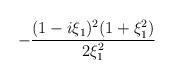
LaTeX: \begin{align*}-{(1-i\xi_1)^2(1+\xi_1^2)\over{2\xi_1^2}}\end{align*}